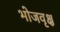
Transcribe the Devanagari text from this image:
भोजवृक्ष